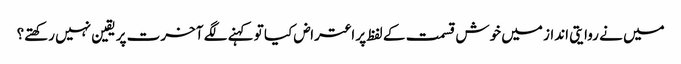
میں نے روایتی انداز میں خوش قسمت کے لفظ پر اعتراض کیا تو کہنے لگے آخرت پر یقین نہیں رکھتے؟